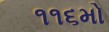
૧૧૬મો